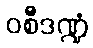
ဝစီဒဏ္ဍံ